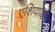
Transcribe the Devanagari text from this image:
एशियाद्ध